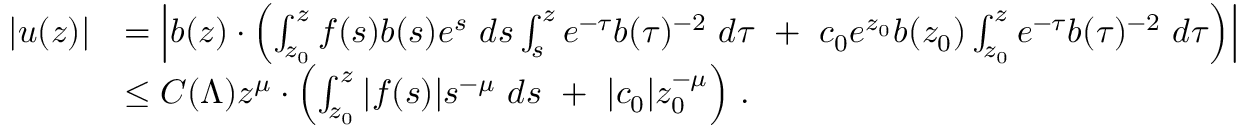
\begin{array} { r l } { | u ( z ) | } & { = \left| b ( z ) \cdot \left( \int _ { z _ { 0 } } ^ { z } f ( s ) b ( s ) e ^ { s } \ d s \int _ { s } ^ { z } e ^ { - \tau } b ( \tau ) ^ { - 2 } \ d \tau \ + \ c _ { 0 } e ^ { z _ { 0 } } b ( z _ { 0 } ) \int _ { z _ { 0 } } ^ { z } e ^ { - \tau } b ( \tau ) ^ { - 2 } \ d \tau \right) \right| } \\ & { \leq C ( \Lambda ) z ^ { \mu } \cdot \left( \int _ { z _ { 0 } } ^ { z } | f ( s ) | s ^ { - \mu } \ d s \ + \ | c _ { 0 } | z _ { 0 } ^ { - \mu } \right) \, . } \end{array}